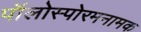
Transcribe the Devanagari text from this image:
पॉलोस्पोरमनामक